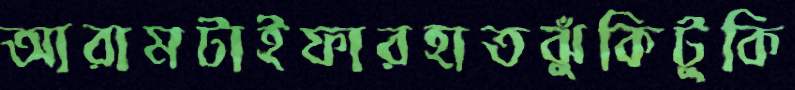
আরামটাইফারহাতঝুঁকিটুকি